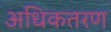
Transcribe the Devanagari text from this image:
अधिकतरण